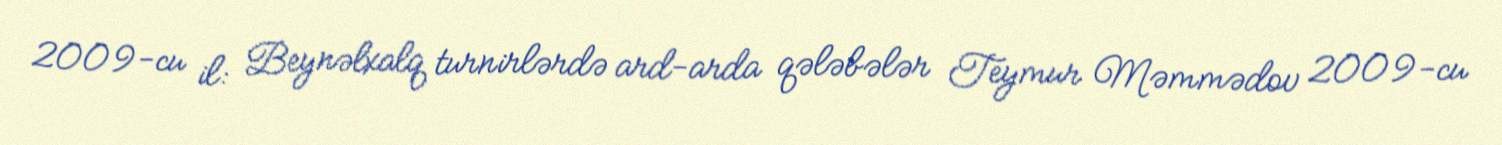
2009-cu il: Beynəlxalq turnirlərdə ard-arda qələbələr Teymur Məmmədov 2009-cu